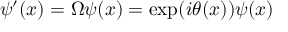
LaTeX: \psi ^ { \prime } ( x ) = \Omega \psi ( x ) = \exp ( i \theta ( x ) ) \psi ( x )